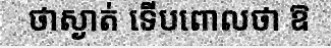
ថាស្ងាត់ ទើបពោលថា ឱ